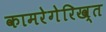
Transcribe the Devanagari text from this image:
कामरेगेरिख्त